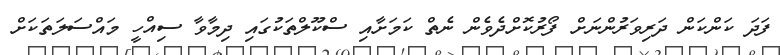
ފަދަ ކަންކަން ދަރިވަރުންނަށް ފޯރުކޮށްދެވެން ނެތް ކަމަށާއި ސްކޫލްތަކުގައި ދިމާވާ ސިއްހީ މައްސަލަތަކަށް